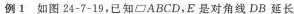
例1 如图24-7-19，已知▱ABCD，E是对角线DB延长